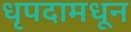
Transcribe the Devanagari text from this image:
धृपदामधून